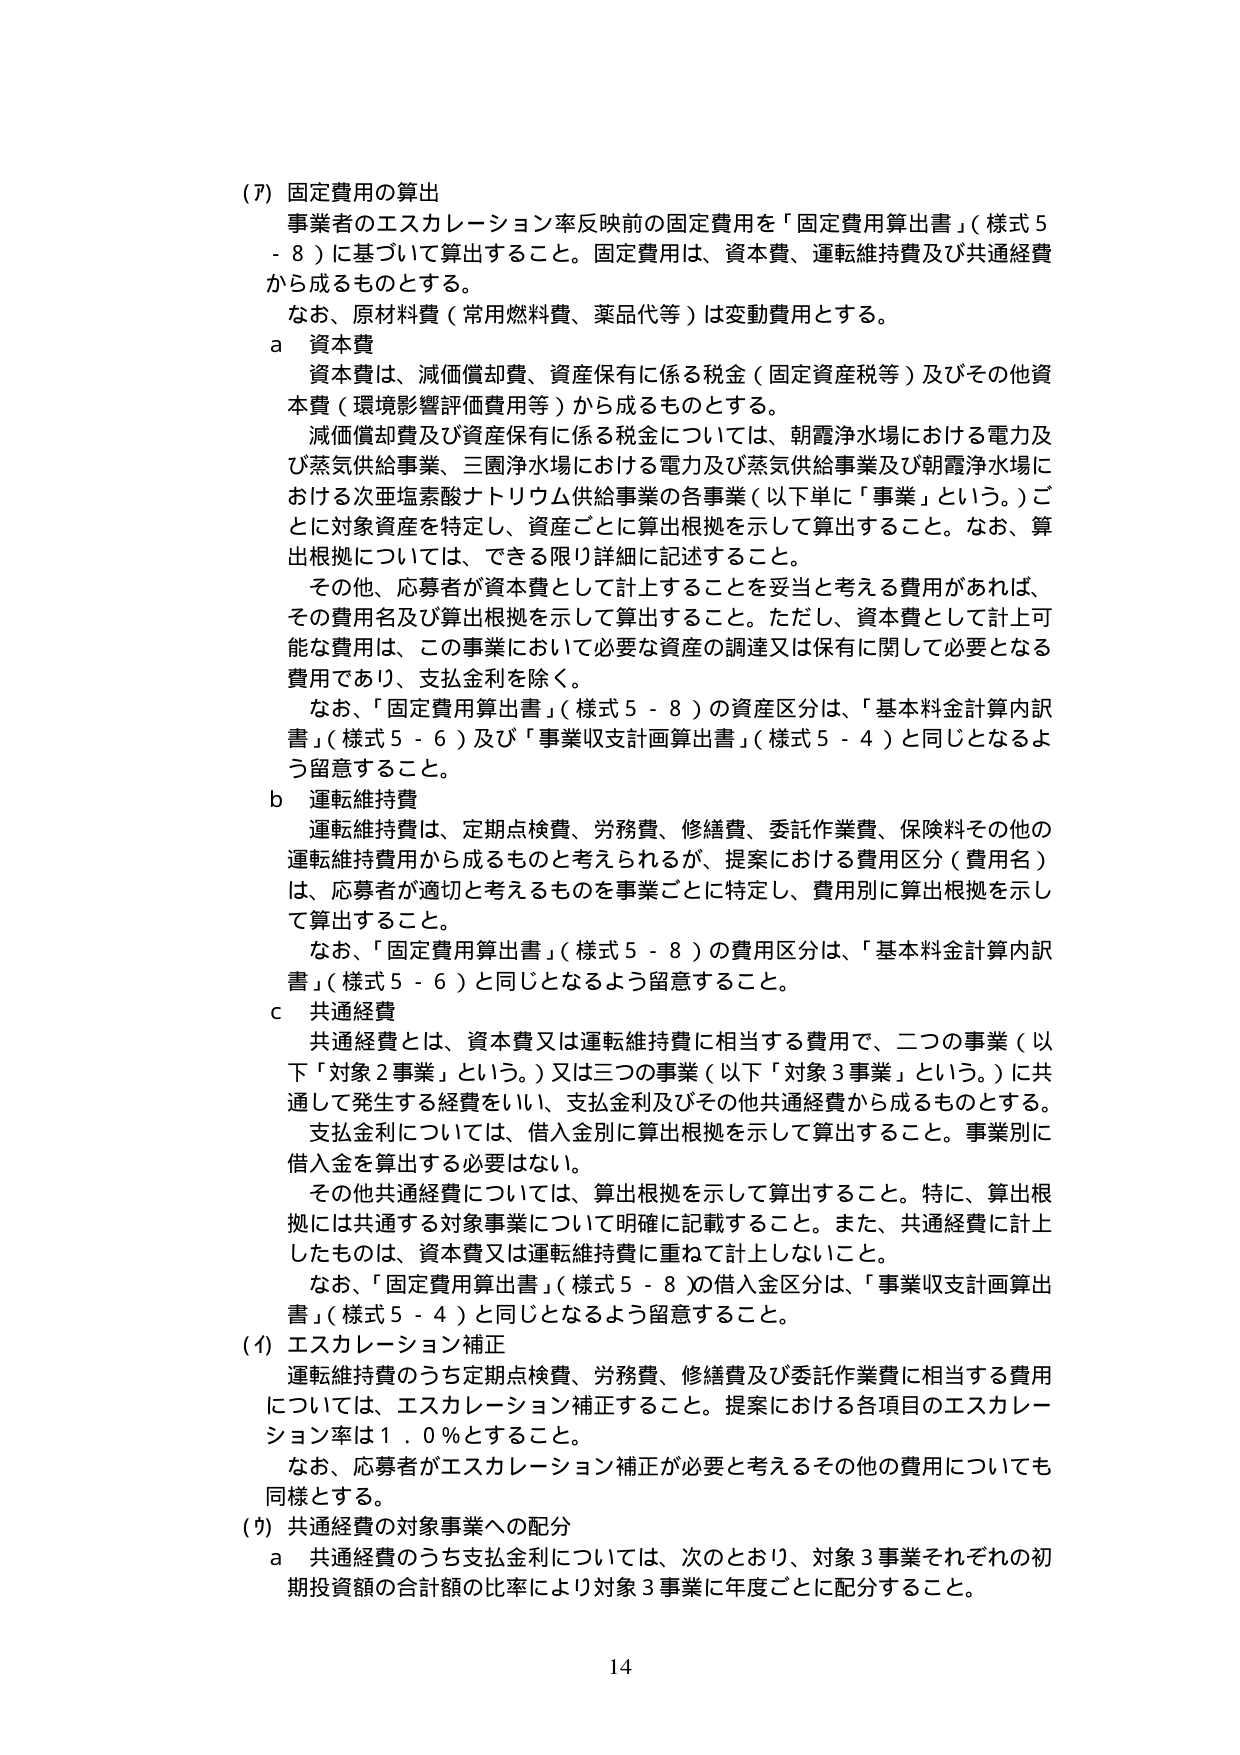
(7) 固定費用の算出
事業者のエスカレーション率反映前の固定費用を「固定費用算出書」（様式5-8）に基づいて算出すること。固定費用は、資本費、運転維持費及び共通経費から成るものとする。
なお、原材料費（常用燃料費、薬品代等）は変動費用とする。

a 資本費
資本費は、減価償却費、資産保有に係る税金（固定資産税等）及びその他資本費（環境影響評価費用等）から成るものとする。
減価償却費及び資産保有に係る税金については、朝霞浄水場における電力及び蒸気供給事業、三園浄水場における電力及び蒸気供給事業及び朝霞浄水場における次亜塩素酸ナトリウム供給事業の各事業（以下単に「事業」という。）ごとに対象資産を特定し、資産ごとに算出根拠を示して算出すること。なお、算出根拠については、できる限り詳細に記述すること。
その他、応募者が資本費として計上することを妥当と考える費用があれば、その費用名及び算出根拠を示して算出すること。ただし、資本費として計上可能な費用は、この事業において必要な資産の調達又は保有に関して必要となる費用であり、支払金利を除く。
なお、「固定費用算出書」（様式5-8）の資産区分は、「基本料金計算内訳書」（様式5-6）及び「事業収支計画算出書」（様式5-4）と同じとなるよう留意すること。

b 運転維持費
運転維持費は、定期点検費、労務費、修繕費、委託作業費、保険料その他の運転維持費用から成るものと考えられるが、提案における費用区分（費用名）は、応募者が適切と考えるものを事業ごとに特定し、費用別に算出根拠を示して算出すること。
なお、「固定費用算出書」（様式5-8）の費用区分は、「基本料金計算内訳書」（様式5-6）と同じとなるよう留意すること。

c 共通経費
共通経費とは、資本費又は運転維持費に相当する費用で、二つの事業（以下「対象2事業」という。）又は三つの事業（以下「対象3事業」という。）に共通して発生する経費をいい、支払金利及びその他共通経費から成るものとする。
支払金利については、借入金別に算出根拠を示して算出すること。事業別に借入金を算出する必要はない。
その他共通経費については、算出根拠を示して算出すること。特に、算出根拠には共通する対象事業について明確に記載すること。また、共通経費に計上したものは、資本費又は運転維持費に重ねて計上しないこと。
なお、「固定費用算出書」（様式5-8）の借入金区分は、「事業収支計画算出書」（様式5-4）と同じとなるよう留意すること。

(8) エスカレーション補正
運転維持費のうち定期点検費、労務費、修繕費及び委託作業費に相当する費用については、エスカレーション補正すること。提案における各項目のエスカレーション率は1.0％とすること。
なお、応募者がエスカレーション補正が必要と考えるその他の費用についても同様とする。

(9) 共通経費の対象事業への配分
a 共通経費のうち支払金利については、次のとおり、対象3事業それぞれの初期投資額の合計額の比率により対象3事業に年度ごとに配分すること。

14